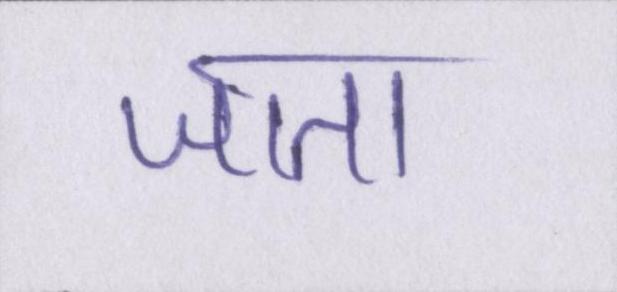
जाता